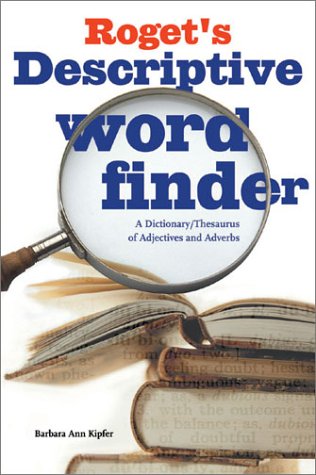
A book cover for Roget's Descriptive Word Finder; Barbara Ann Kipfer; Reference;